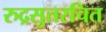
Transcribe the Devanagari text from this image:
रुद्रसुतरचित